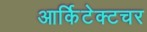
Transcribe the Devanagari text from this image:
आर्किटेक्टचर